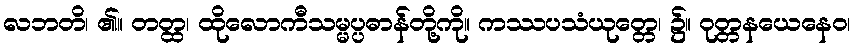
လဘတိ၊ ၏။ တတ္ထ၊ ထိုလောကီသမ္မပ္ပဓာန်တို့ကို။ ကဿပသံယုတ္တေ၊ ၌။ ဝုတ္တနယေနေဝ၊